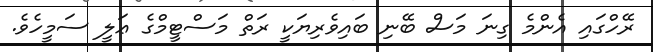
ރޭހްގައި އެންމެ ގިނަ މަސް ބޭނި ބައިވެރިޔަކީ ރަތް މަސްޓީމްގެ ޢަލީ ސަމީހެވެ.